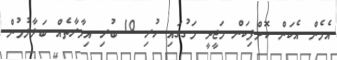
އެމެން އެކަން ކޮށްފިކަން މަޖީދީ މަގުގައި ހުރި 10 ބުރި އިމާރާތެއް ބަލާލުމުން